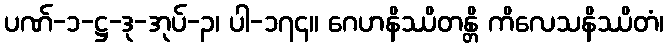
ပဏ်-၁-ဋ္ဌ-ဒု-အုပ်-၃၊ ပါ-၁၇၄။ ဂေဟနိဿိတန္တိ ကိလေသနိဿိတံ၊